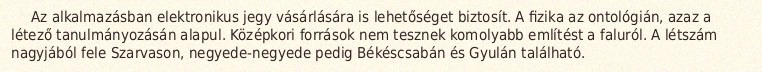
Az alkalmazásban elektronikus jegy vásárlására is lehetőséget biztosít. A fizika az ontológián, azaz a létező tanulmányozásán alapul. Középkori források nem tesznek komolyabb említést a faluról. A létszám nagyjából fele Szarvason, negyede-negyede pedig Békéscsabán és Gyulán található.